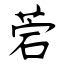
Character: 菪